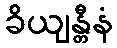
ခိယျန္တီနံ